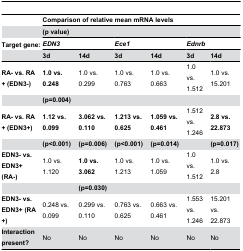
|  | <COLSPAN=6> Comparison of relative mean mRNA levels |
 |  | <COLSPAN=2> (p value) | <COLSPAN=2>  | <COLSPAN=2>  |
 | Target gene: | <COLSPAN=2> EDN3 | <COLSPAN=2> Ece1 | <COLSPAN=2> Ednrb |
 |  | 3d | 14d | 3d | 14d | 3d | 14d |
 | --- | --- | --- | --- | --- | --- | --- |
 | RA- vs. RA+ (EDN3-) | 1.0 vs. 0.248 | 1.0 vs. 0.299 | 1.0 vs. 0.763 | 1.0 vs. 0.663 | 1.0 vs. 1.512 | 1.0 vs. 15.201 |
 |  | (p=0.004) |  |  |  |  |  |
 | RA- vs. RA+ (EDN3+) | 1.12 vs. 0.099 | 3.062 vs. 0.110 | 1.213 vs. 0.625 | 1.059 vs. 0.461 | 1.512 vs. 1.246 | 2.8 vs. 22.873 |
 |  | (p<0.001) | (p=0.006) | (p<0.001) | (p=0.014) |  | (p=0.017) |
 | EDN3- vs. EDN3+ (RA-) | 1.0 vs. 1.120 | 1.0 vs. 3.062 | 1.0 vs. 1.213 | 1.0 vs. 1.059 | 1.0 vs. 1.512 | 1.0 vs. 2.8 |
 |  |  | (p=0.030) |  |  |  |  |
 | EDN3- vs. EDN3+ (RA+) | 0.248 vs. 0.099 | 0.299 vs. 0.110 | 0.763 vs. 0.625 | 0.663 vs. 0.461 | 1.553 vs. 1.246 | 15.201 vs. 22.873 |
 | Interaction present? | No | No | No | No | No | No |